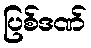
ပြစ်ဒဏ်